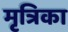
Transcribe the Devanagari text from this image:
मृत्रिका